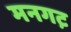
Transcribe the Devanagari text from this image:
मनगट़